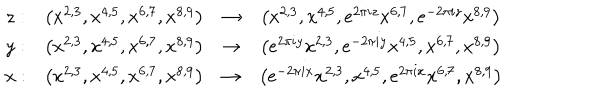
\begin{array} { c c c c } { { z : } } & { { \left( x ^ { 2 , 3 } , x ^ { 4 , 5 } , x ^ { 6 , 7 } , x ^ { 8 , 9 } \right) } } & { { \to } } & { { \left( x ^ { 2 , 3 } , x ^ { 4 , 5 } , e ^ { 2 \pi i z } x ^ { 6 , 7 } , e ^ { - 2 \pi i z } x ^ { 8 , 9 } \right) } } \\ { { y : } } & { { \left( x ^ { 2 , 3 } , x ^ { 4 , 5 } , x ^ { 6 , 7 } , x ^ { 8 , 9 } \right) } } & { { \to } } & { { \left( e ^ { 2 \pi i y } x ^ { 2 , 3 } , e ^ { - 2 \pi i y } x ^ { 4 , 5 } , x ^ { 6 , 7 } , x ^ { 8 , 9 } \right) } } \\ { { x : } } & { { \left( x ^ { 2 , 3 } , x ^ { 4 , 5 } , x ^ { 6 , 7 } , x ^ { 8 , 9 } \right) } } & { { \to } } & { { \left( e ^ { - 2 \pi i x } x ^ { 2 , 3 } , x ^ { 4 , 5 } , e ^ { 2 \pi i x } x ^ { 6 , 7 } , x ^ { 8 , 9 } \right) } } \\ \end{array}